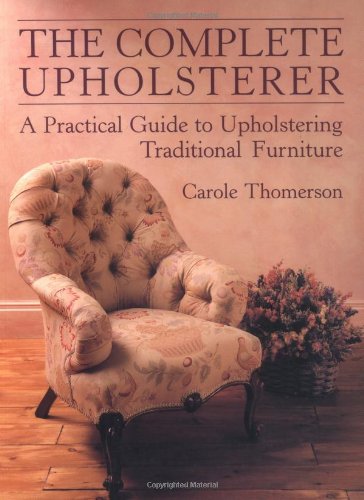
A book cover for The Complete Upholsterer: A Pratical Guide to Upholstering Traditional Furniture (Practical Guide to Upholstering Traditional Furniture); Carole Thomerson; Crafts, Hobbies & Home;